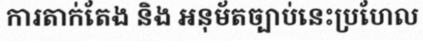
ការតាក់តែង និង អនុម័តច្បាប់នេះប្រហែល